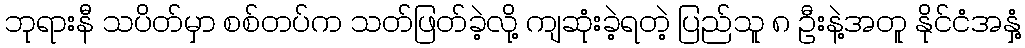
ဘုရားနီ သပိတ်မှာ စစ်တပ်က သတ်ဖြတ်ခဲ့လို့ ကျဆုံးခဲ့ရတဲ့ ပြည်သူ ၈ ဦးနဲ့အတူ နိုင်ငံအနှံ့